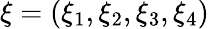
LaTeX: \xi=(\xi_{1},\xi_{2},\xi_{3},\xi_{4})